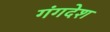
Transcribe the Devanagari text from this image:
गंगदेश